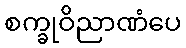
စက္ခုဝိညာဏံပေ